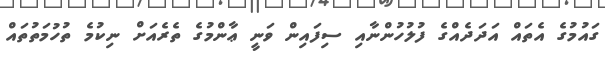
ގައުމުގެ އެތައް އަދަދެއްގެ ފުލުހުންނާއި ސިފައިން ވަނީ ޢާންމުގެ ތެރެއަށް ނިކުމެ ތުހުމަތުތައް